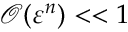
\boldsymbol { \mathcal { O } } ( \varepsilon ^ { n } ) < < 1